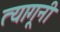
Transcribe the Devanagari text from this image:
त्यागूनी